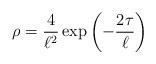
LaTeX: \begin{align*}\rho = {4\over \ell^2} \exp \left(-{2\tau\over \ell}\right)\end{align*}